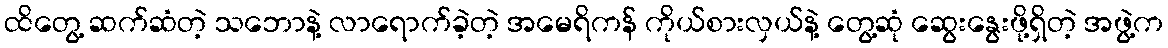
ထိတွေ့ ဆက်ဆံတဲ့ သဘောနဲ့ လာရောက်ခဲ့တဲ့ အမေရိကန် ကိုယ်စားလှယ်နဲ့ တွေ့ဆုံ ဆွေးနွေးဖို့ရှိတဲ့ အဖွဲ့က